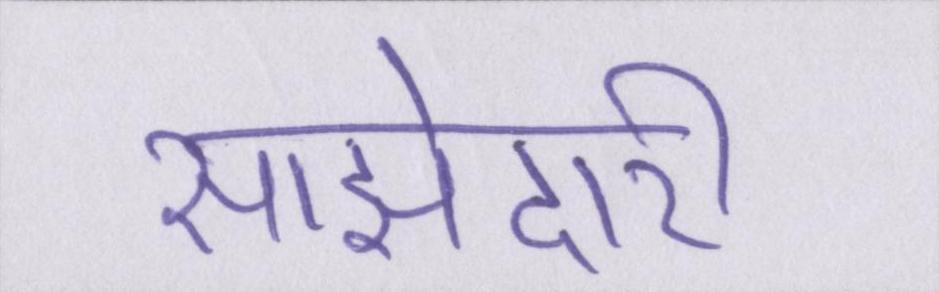
साझेदारी